Leaving Certificate Examination (including Day School Certificate (Higher) General paper), 1926
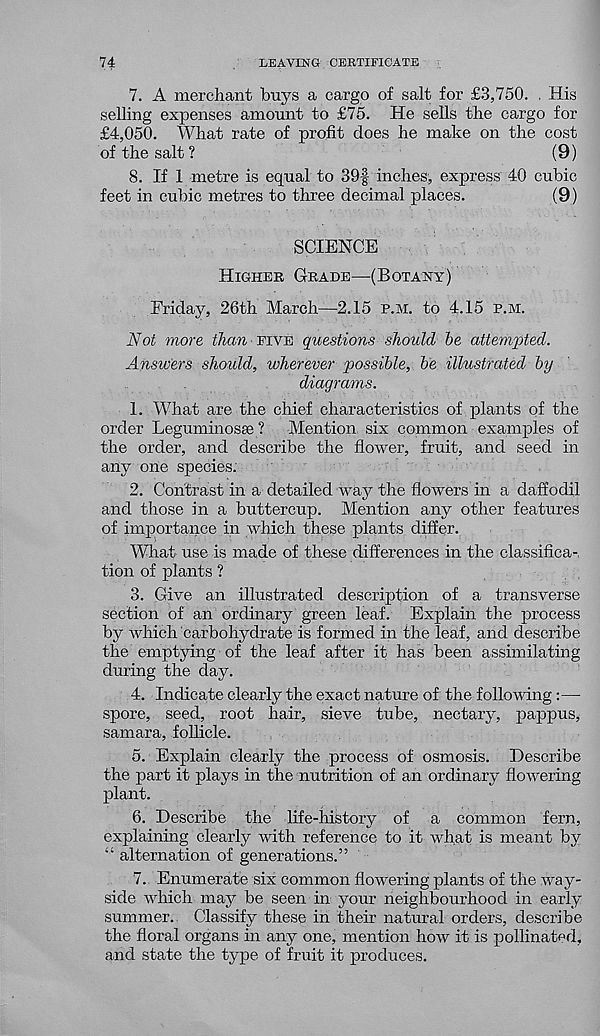
74
LEAVING CERTIFICATE
7. A merchant buys a cargo of salt for £3,750. . His
selling expenses amount to £75. He sells the cargo for
£4,050. What rate of profit does he make on the cost
of the salt?
(9)
8. If 1 metre is equal to 39f inches, express 40 cubic
feet in cubic metres to three decimal places.
(9)
SCIENCE
Higher Grade—(Botany)
Friday, 26th March—2.15 p.m. to 4.15 p.m.
Not more than five questions should be attempted.
Answers should, wherever possible, be illustrated by
diagrams.
1. What are the chief characteristics of plants of the
order Leguminosse ?
Mention six common examples of
the order, and describe the flower, fruit, and seed in
any one species.
2. Contrast in a detailed way the flowers in a daffodil
and those in a buttercup. Mention any other features
of importance in which these plants differ.
What use is made of these differences in the classifica-,
tion of plants ?
3. Give an illustrated description of a transverse
section of an ordinary green leaf. Explain the process
by which carbohydrate is formed in the leaf, and describe
the emptying of the leaf after it has been assimilating
during the day.
4. Indicate clearly the exact nature of the following:—
spore, seed, root hair, sieve tube, nectary, pappus,
samara, follicle.
5. Explain clearly the process of osmosis. Describe
the part it plays in the nutrition of an ordinary flowering
plant.
6. Describe the life-history of a common fern,
explaining clearly with reference to it what is meant by
“ alternation of generations.”
7. Enumerate six common flowering plants of the way-
side which may be seen in your neighbourhood in early
summer. Classify these in their natural orders, describe
the floral organs in any one, mention how it is pollinated,
and state the type of fruit it produces.